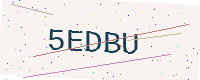
Text: 5EDBU